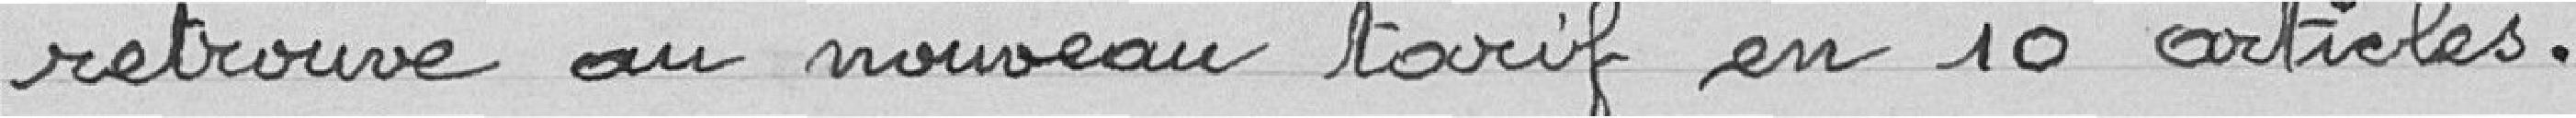
retrouve au nouveau tarif en 10 articles